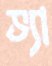
ভ্যা